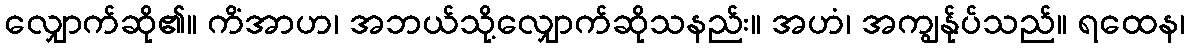
လျှောက်ဆို၏။ ကိံအာဟ၊ အဘယ်သို့လျှောက်ဆိုသနည်း။ အဟံ၊ အကျွန်ုပ်သည်။ ရထေန၊